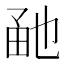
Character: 𤱡